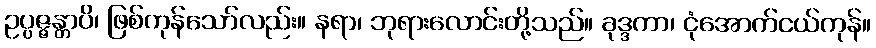
ဥပ္ပဇ္ဇန္တာပိ၊ ဖြစ်ကုန်သော်လည်း။ နရာ၊ ဘုရားလောင်းတို့သည်။ ခုဒ္ဒကာ၊ ငုံအောက်ငယ်ကုန်။